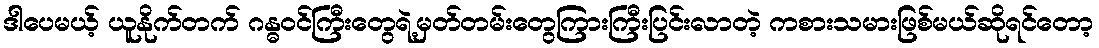
ဒါပေမယ့် ယူနိုက်တက် ဂန္ဓဝင်ကြီးတွေရဲ့မှတ်တမ်းတွေကြားကြီးပြင်းလာတဲ့ ကစားသမားဖြစ်မယ်ဆိုရင်တော့